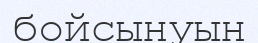
бойсынуын